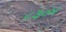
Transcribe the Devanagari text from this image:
८३०४